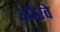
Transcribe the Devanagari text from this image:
गौरवे